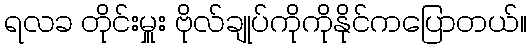
ရလခ တိုင်းမှူး ဗိုလ်ချုပ်ကိုကိုနိုင်ကပြောတယ်။